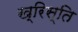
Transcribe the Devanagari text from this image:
ख्रिस्ति